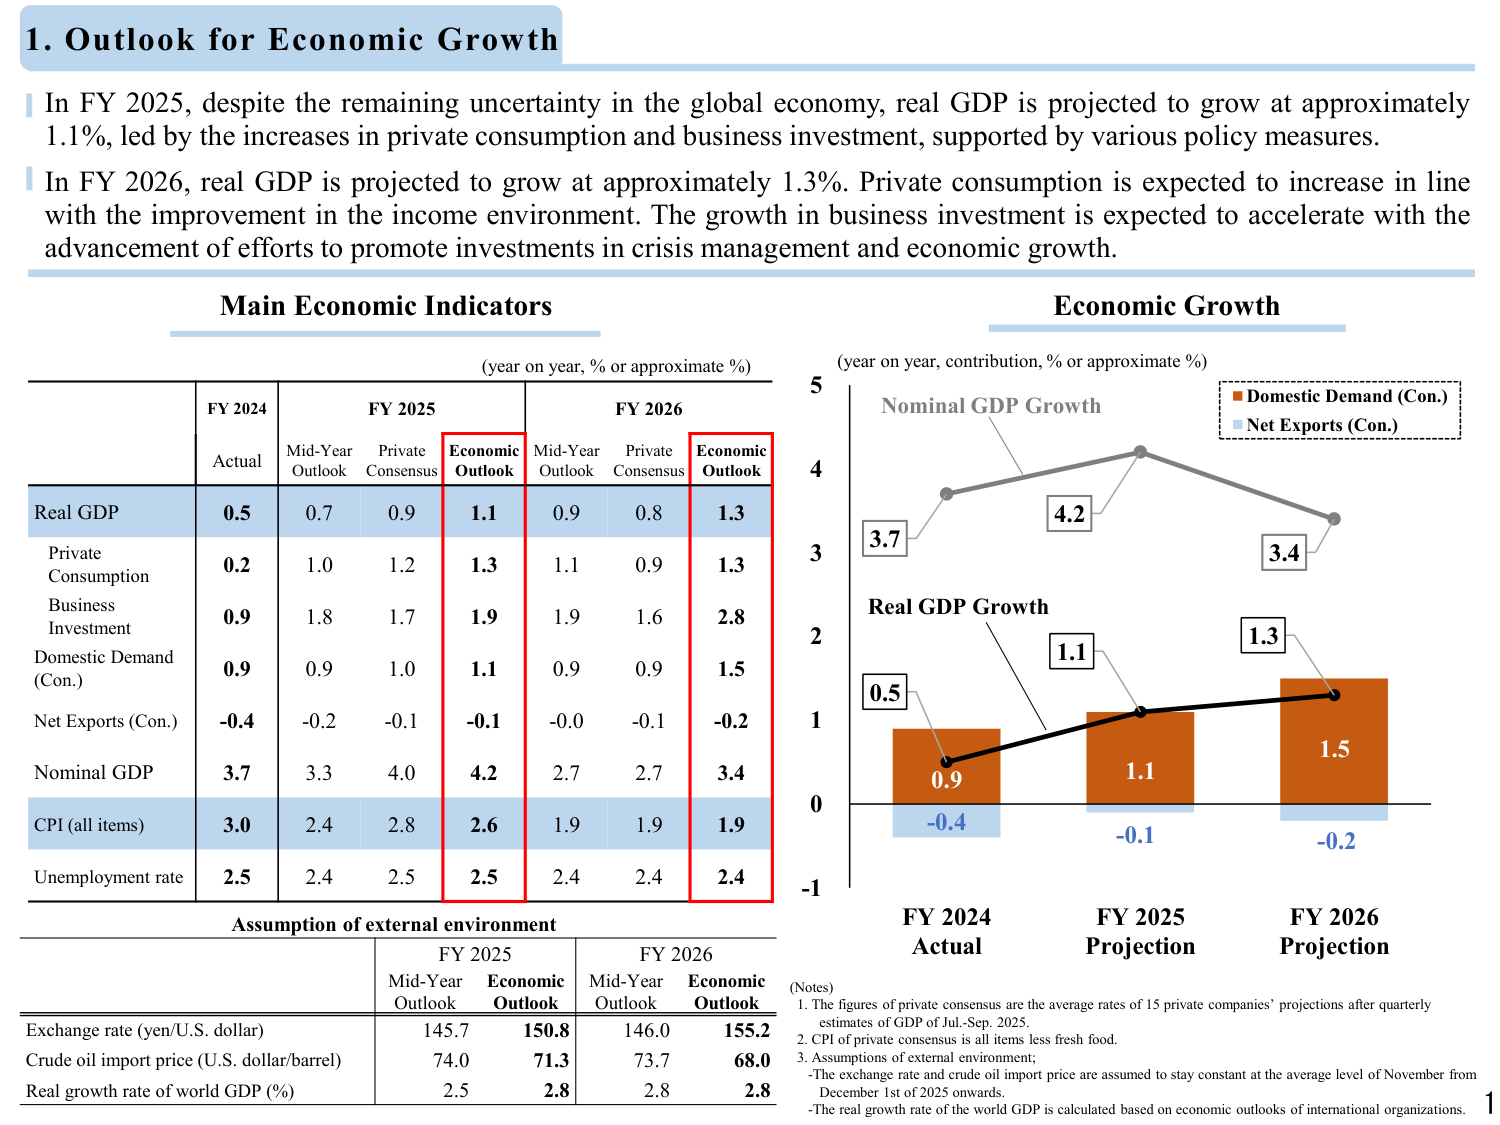
1. Outlook for Economic Growth

In FY 2025, despite the remaining uncertainty in the global economy, real GDP is projected to grow at approximately 1.1%, led by the increases in private consumption and business investment, supported by various policy measures.

In FY 2026, real GDP is projected to grow at approximately 1.3%. Private consumption is expected to increase in line with the improvement in the income environment. The growth in business investment is expected to accelerate with the advancement of efforts to promote investments in crisis management and economic growth.

Main Economic Indicators
(year on year, % or approximate %)

FY 2024 Actual | FY 2025 Mid-Year Outlook | FY 2025 Private Consensus | FY 2025 Economic Outlook | FY 2026 Mid-Year Outlook | FY 2026 Private Consensus | FY 2026 Economic Outlook
--- | --- | --- | --- | --- | --- | ---
Real GDP | 0.5 | 0.7 | 0.9 | 1.1 | 0.9 | 0.8 | 1.3
Private Consumption | 0.2 | 1.0 | 1.2 | 1.3 | 1.1 | 0.9 | 1.3
Business Investment | 0.9 | 1.8 | 1.7 | 1.9 | 1.9 | 1.6 | 2.8
Domestic Demand (Con.) | 0.9 | 0.9 | 1.0 | 1.1 | 0.9 | 0.9 | 1.5
Net Exports (Con.) | -0.4 | -0.2 | -0.1 | -0.1 | -0.0 | -0.1 | -0.2
Nominal GDP | 3.7 | 3.3 | 4.0 | 4.2 | 2.7 | 2.7 | 3.4
CPI (all items) | 3.0 | 2.4 | 2.8 | 2.6 | 1.9 | 1.9 | 1.9
Unemployment rate | 2.5 | 2.4 | 2.5 | 2.5 | 2.4 | 2.4 | 2.4

Assumption of external environment

FY 2025 Mid-Year Outlook | FY 2025 Economic Outlook | FY 2026 Mid-Year Outlook | FY 2026 Economic Outlook
--- | --- | --- | ---
Exchange rate (yen/U.S. dollar) | 145.7 | 150.8 | 146.0 | 155.2
Crude oil import price (U.S. dollar/barrel) | 74.0 | 71.3 | 73.7 | 68.0
Real growth rate of world GDP (%) | 2.5 | 2.8 | 2.8 | 2.8

Economic Growth
(year on year, contribution, % or approximate %)

Nominal GDP Growth
Real GDP Growth

Domestic Demand (Con.) — brown bar
Net Exports (Con.) — light blue bar

FY 2024 Actual
Nominal GDP Growth: 3.7
Real GDP Growth: 0.5
Domestic Demand (Con.): 0.9
Net Exports (Con.): -0.4

FY 2025 Projection
Nominal GDP Growth: 4.2
Real GDP Growth: 1.1
Domestic Demand (Con.): 1.1
Net Exports (Con.): -0.1

FY 2026 Projection
Nominal GDP Growth: 3.4
Real GDP Growth: 1.3
Domestic Demand (Con.): 1.5
Net Exports (Con.): -0.2

(Notes)
1. The figures of private consensus are the average rates of 15 private companies' projections after quarterly estimates of GDP of Jul.-Sep. 2025.
2. CPI of private consensus is all items less fresh food.
3. Assumptions of external environment;
- The exchange rate and crude oil import price are assumed to stay constant at the average level of November from December 1st of 2025 onwards.
- The real growth rate of world GDP is calculated based on economic outlooks of international organizations.

1